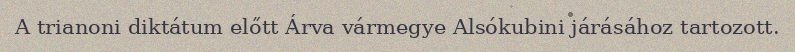
A trianoni diktátum előtt Árva vármegye Alsókubini járásához tartozott.